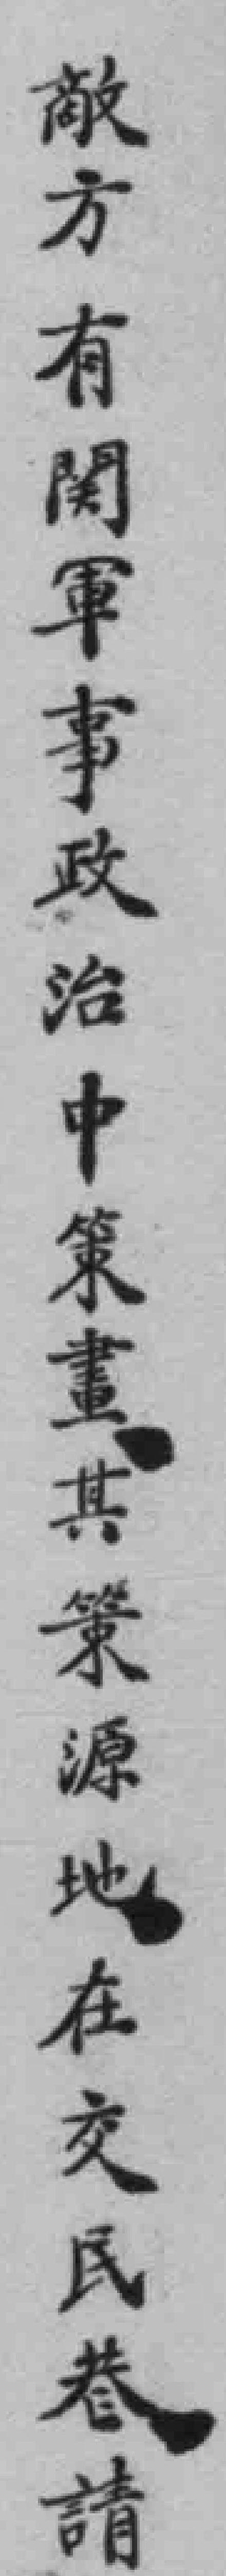
敵方有関軍事政治中策畫其策源地在交民巷請